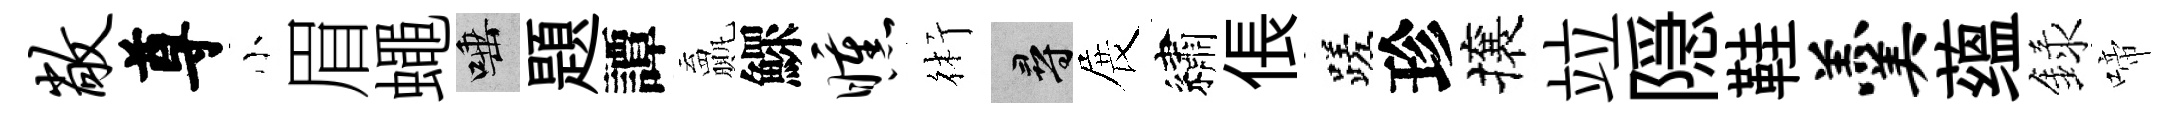
敞尊小眉蠅唾題譚贏鰥曛術尋展繡倀蹉珍攘竝隠鞋羹蕴録啼